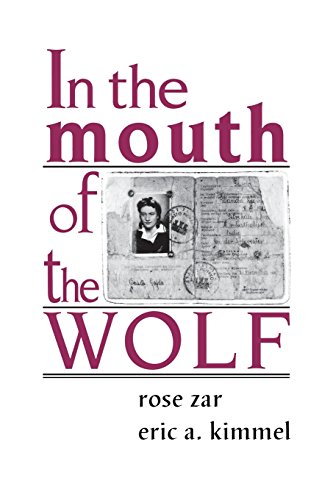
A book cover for In the Mouth of the Wolf; Rose Zar; Children's Books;